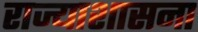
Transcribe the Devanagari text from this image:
राज्याशासना